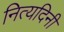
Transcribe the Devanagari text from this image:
नित्यदिनी